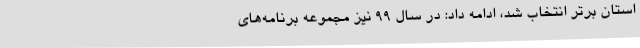
استان برتر انتخاب شد، ادامه داد: در سال 99 نیز مجموعه برنامه‌های